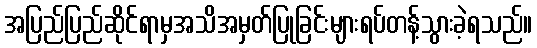
အပြည်ပြည်ဆိုင်ရာမှအသိအမှတ်ပြုခြင်းများရပ်တန့်သွားခဲ့ရသည်။